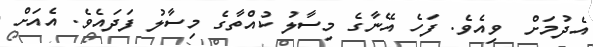
އެދުމަށް  ވިއެވެ. ފަހެ އޭނާގެ މިސާލު ކުއްތާގެ މިސާލު ފަދައެވެ. އެއަށް